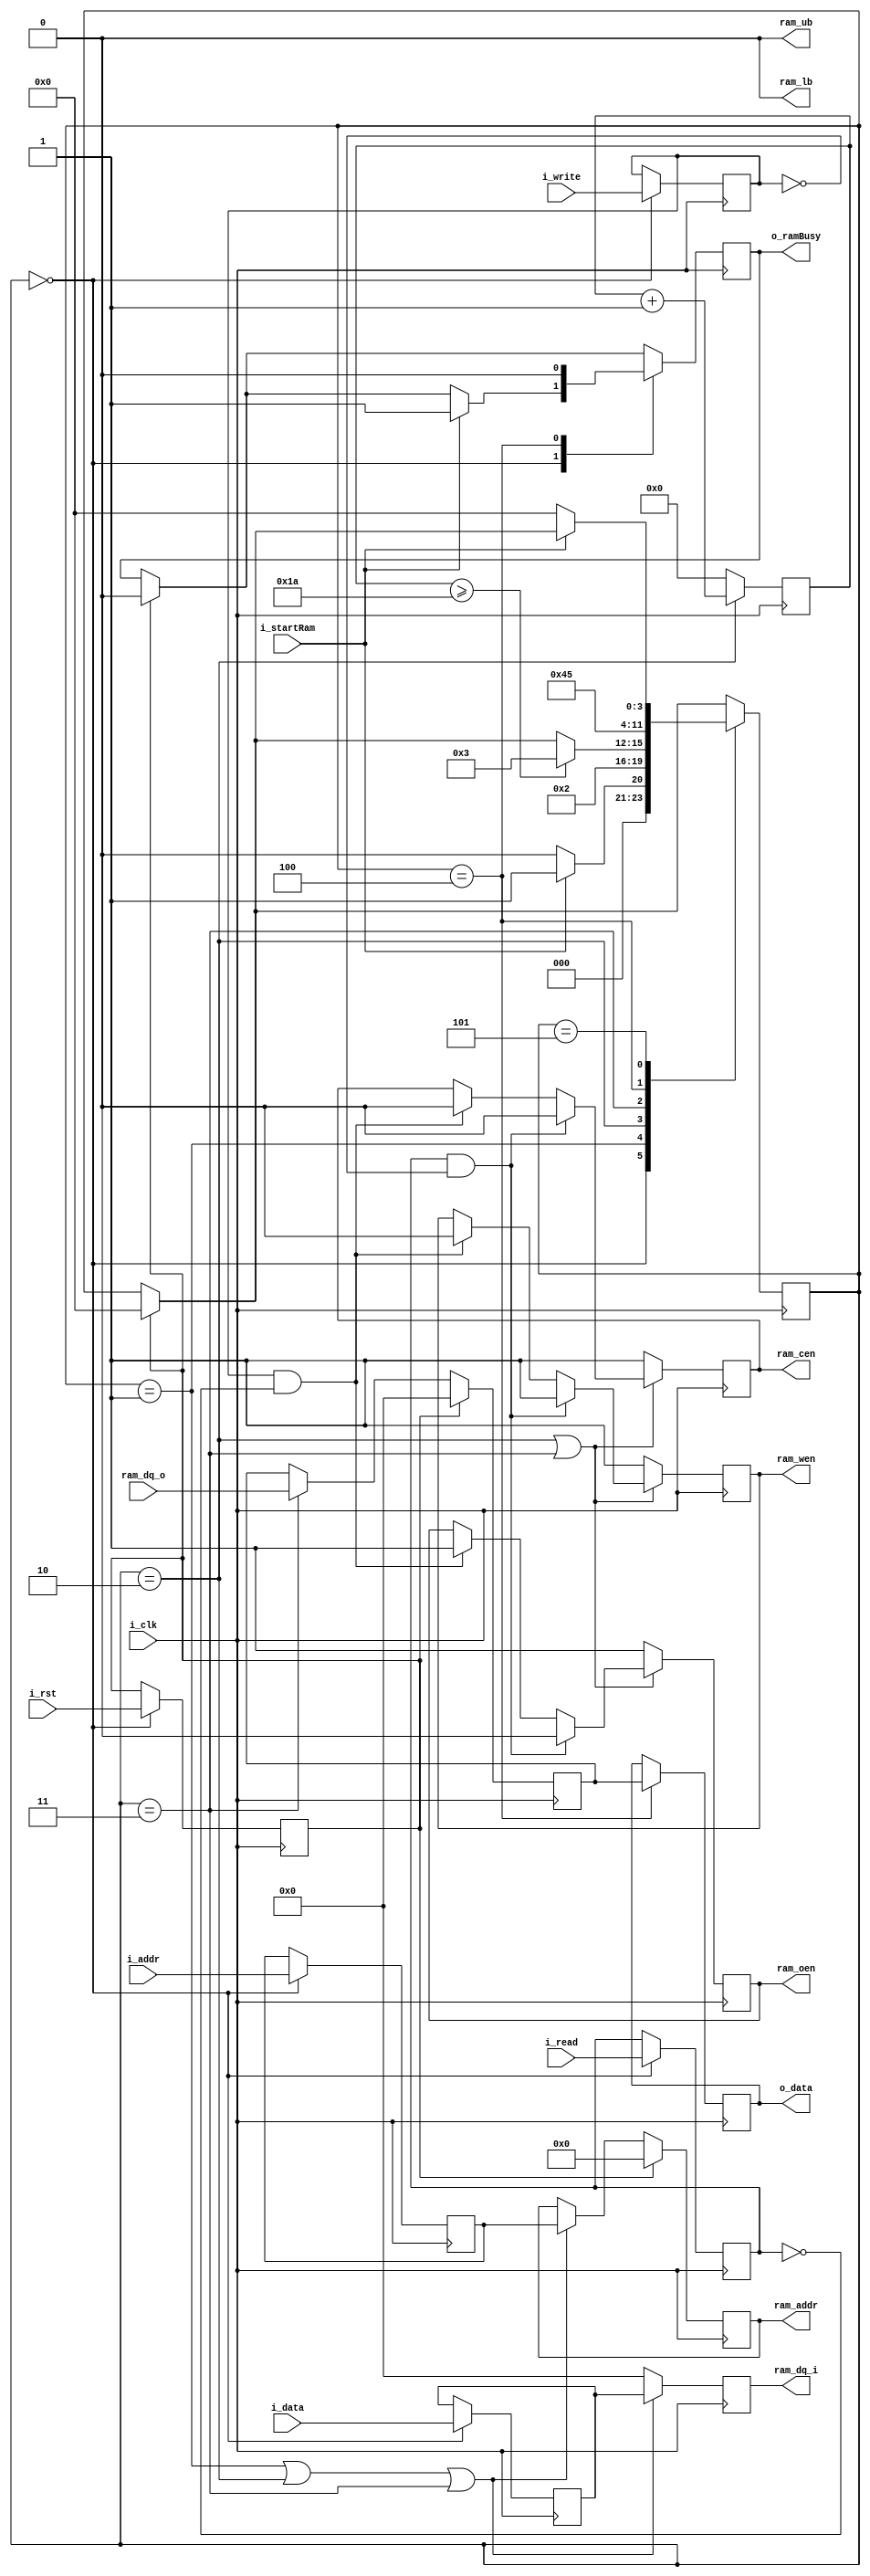
`timescale 1ns / 1ps
//////////////////////////////////////////////////////////////////////////////////
// Company: 
// Engineer: 
// 
// Design Name: 
// Module Name: newRamController
// Project Name: 
// Target Devices: 
// Tool Versions: 
// Description: 
// 
// Dependencies: 
// 
// Revision:
// Revision 0.01 - File Created
// Additional Comments:
// 
//////////////////////////////////////////////////////////////////////////////////


module ramController(
    //Control interface
    input   wire i_clk,             //100MHz clock
    input   wire i_rst,             //Active high reset
    input   wire i_startRam,        //Starts transaction pulse
    input   wire i_read,            //Start read transaction
    input   wire i_write,           //Start read transaction
    input   wire [26:0] i_addr,     //Memory address
    input   wire [15:0] i_data,     //Data to write to RAM
    output  reg [15:0] o_data,      //Data read from RAM
    //output  reg  o_readAck,         //Flag indicating busy reading/writing
    //output  reg  o_writeAck,        //Flag indicating busy reading/writing
    //output  reg o_startRamAck,
    output  reg o_ramBusy, 
    //output  reg [3:0] cState,
    //output  wire o_debugging,     //just to test something
    
    //RAM Memory signals
    output  reg  [26:0] ram_addr,
    output  reg  [15:0] ram_dq_i,
    input   wire [15:0] ram_dq_o,
    output  reg ram_cen,            //RAM chip enable
    output  reg ram_oen,            //RAM output enable
    output  reg ram_wen,            //RAM write enable
    output  reg ram_ub = 0,             //RAM upper byte select
    output  reg ram_lb = 0               //RAM lower byte select
);

//////////////////////////////////////////////////////////////////////////////////
//////              Local declarations
//////////////////////////////////////////////////////////////////////////////////

//States
parameter IDLE      = 4'b0000; //0
parameter ASSERT    = 4'b0001; //1
parameter WAIT      = 4'b0010; //2
parameter DEASSERT  = 4'b0011; //3
parameter ACK       = 4'b0100; //4
parameter DONE      = 4'b0101; //5
reg [3:0] cState    = IDLE;        //current state
reg [3:0] nState    = IDLE;        //next state   

//Internal registers
reg r_read;                     //Stored read transaction at the start of transaction
reg r_write;                    //Stored write transaction at the start of transaction
reg [26:0] r_addr;                     //Stored addrress transaction at the start of transaction
reg [15:0] r_data2Write;               //Data at start of the write operation
reg [15:0] r_dataRead;
reg r_reset;
reg [4:0] r_delayCounter=0;

//////////////////////////////////////////////////////////////////////////////////
//////              Module Behaviour
//////////////////////////////////////////////////////////////////////////////////

//****Read inputs
//When IDLE, store values in input registers.
//NOTE: on the posedge of when i_start will the data to be
// read into the RAM. So in other modules, set this will
// capture the data to be written or to write to. 
always@(posedge i_clk) begin 
    if(cState == IDLE) begin
        r_read <= i_read;
        r_write <= i_write;
        r_addr <= i_addr;
        r_data2Write <= i_data;
        r_reset <= i_rst;       
    end
end

//****Start the state machine, causing state transitions

//****State machine transisition handling
always@(posedge i_clk) begin
    if(r_reset) begin
        cState <= IDLE;
        o_ramBusy <= 0;
    end
    case(cState) 
        IDLE: begin
            if(i_startRam) begin
                cState <= ASSERT;
                //o_startRamAck <= 1;
                o_ramBusy <= 1;
            end
            else cState <= IDLE;
        end
        ASSERT: begin
            cState <= WAIT;
        end
        WAIT: begin
            if(r_delayCounter >= 26) cState <= DEASSERT; //Delays for this long to ensure read/write
        end
        DEASSERT: begin
            cState <= ACK;
        end
        ACK: begin
            cState <= DONE;
            o_ramBusy <= 0;
        end
        DONE: begin
            if(i_startRam == 0) cState <= IDLE;
        end
    endcase
end

//****Delay counter for WAIT
always@(posedge i_clk) begin
    if(cState == WAIT) r_delayCounter <= r_delayCounter+1;
    else r_delayCounter <= 0;
end

//****Assert the transaction
always@(posedge i_clk) begin
    if((cState == WAIT) || (cState == DEASSERT)) begin
        if(r_read && (r_write == 0 )) begin //Read transaction
            ram_cen <= 0;
            ram_oen <= 0;
            ram_wen <= 1;    
        end
        else if (r_write && (r_read == 0 )) begin //Write transaction
            ram_cen <= 0;
            ram_oen <= 1; 
            ram_wen <= 0;
        end
    end
    else begin
        ram_cen <= 1;
        ram_oen <= 1; 
        ram_wen <= 1;
    end
end

//****Assign the address for read and write
always@(posedge i_clk) begin
    if(r_reset) ram_addr <= 0; //Reset RAM address to zero
    else if ((cState==ASSERT) || (cState==WAIT) || (cState==DEASSERT)) begin
        ram_addr <= r_addr; 
    end
end
    
//****Assign data to write to RAM
always@(posedge i_clk) begin
    if((cState==ASSERT) || (cState==WAIT) || (cState==DEASSERT)) begin
        ram_dq_i <= r_data2Write;
    end
    else ram_dq_i <= 0;
end

//****Read data from RAM
always@(posedge i_clk) begin
    if(r_reset) r_dataRead <= 0;
    else if (cState == DEASSERT) r_dataRead <= ram_dq_o;
end

//****Output data on the line to be received by top module
always@(posedge i_clk) begin
    if(cState == ACK) begin
        o_data <= r_dataRead;
    end
end

//****Send out data acknowledge
always@(posedge i_clk) begin
    if(cState == ACK) begin 
        /*if(r_read && (r_write == 0)) begin //Read transaction
            o_readAck   <= 1;
            o_writeAck  <= 0;   
        end
        else if (r_write && (r_read == 0 )) begin //Write transaction
            o_writeAck  <= 1;
            o_readAck   <= 0;
        end
    end
    else begin
        o_writeAck  <= 0;
        o_readAck   <= 0;
    end*/
    end
end

endmodule